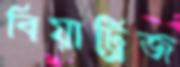
বিয়াট্রিজ